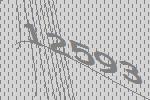
12593